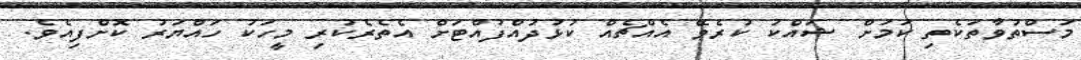
މަސްތުވާތަކެތި ކަމަށް ޝައްކު ކުރެވޭ އެއްޗެއް ކުޅުދުއްފުއްޓަށް އެތެރެކުރި މީހަކު ހައްޔަރު ކޮށްފިއެވެ.